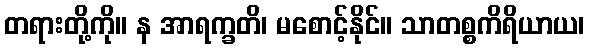
တရားတို့ကို။ န အာရက္ခတိ၊ မစောင့်နိုင်။ သာတစ္စကိရိယာယ၊